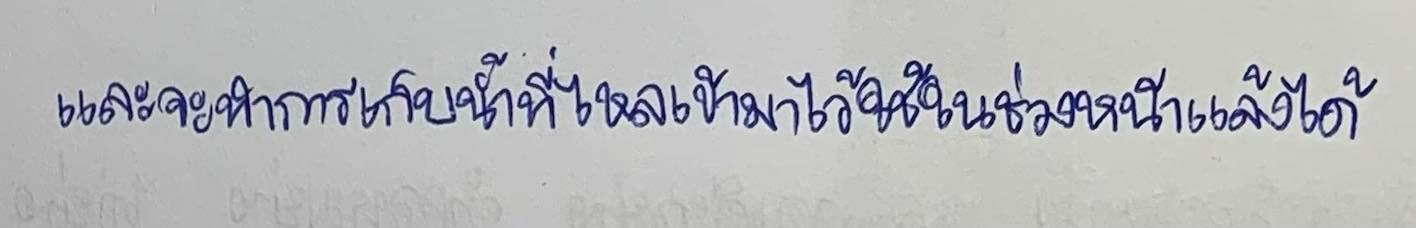
และจะทำการเก็บน้ำที่ไหลเข้ามาไว้ใช้ในช่วงหน้าแล้งได้